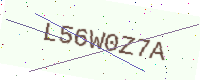
Text: L56W0Z7A